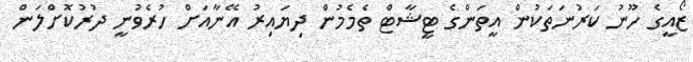
ޒޯއީގެ ހޫނު ކަރުނަތަކުން އީތަންގެ ޓީޝާޓް ތެމެމުން ދިޔައިރު އޭނާއަށް ހުރެވުނީ ދުރުކޮށްލަން